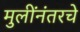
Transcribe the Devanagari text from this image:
मुलींनंतरचे